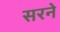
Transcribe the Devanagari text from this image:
सरने